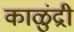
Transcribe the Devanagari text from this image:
काळुंद्री